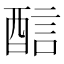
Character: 𨡄